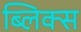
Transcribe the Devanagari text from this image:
ब्लिक्स